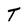
Character: T